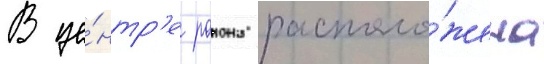
В це́нтр'е раиона располо́жена